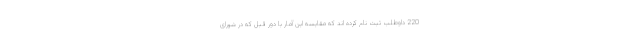
220 داوطلب ثبت نام کرده اند که مقایسه این آمار با دور قبل که در شورای